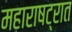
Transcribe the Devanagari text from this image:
महाराषट्रात